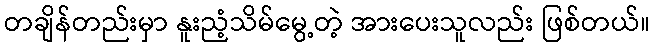
တချိန်တည်းမှာ နူးညံ့သိမ်မွေ့တဲ့ အားပေးသူလည်း ဖြစ်တယ်။